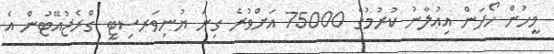
މީހުން ހޯދަން އިޢުލާނު ކުރުމުގެ 75000 އަށްވުރެ ގިނަ ޔުނިވަރސިޓީ ގްރެޖުއޭޓުން އެ